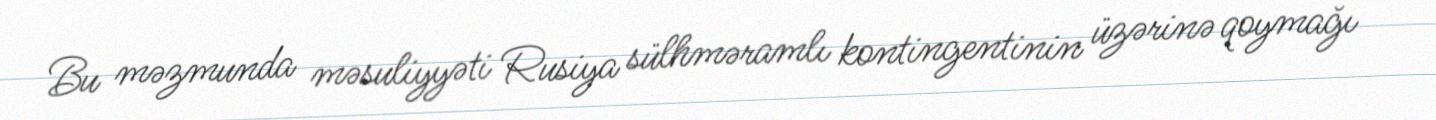
Bu məzmunda məsuliyyəti Rusiya sülhməramlı kontingentinin üzərinə qoymağı